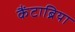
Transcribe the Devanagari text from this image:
कैंटाब्रिया